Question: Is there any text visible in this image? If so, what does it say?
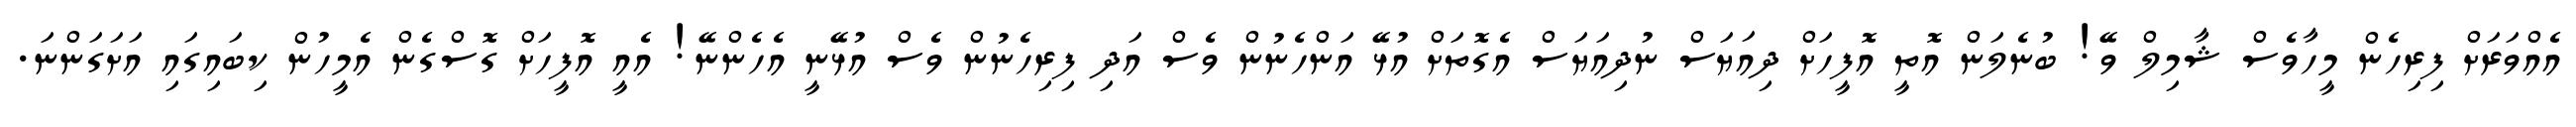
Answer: އެއްވަރަށް ފިރިހެން މީހާވެސް ޝާމިލް ވޭ! ބުނެލަން އޮތީ އޮފީހަށް ދިއަޔަސް ނުދިއަޔަސް އެގޮތަށް އުޅޭ އަންހެނުން ވެސް އަދި ފިރިހެނުން ވެސް އުޅޭނީ އެހެންނޭ! އެއީ އޮފީހަށް ގޮސްގެން އެމީހުން ކިބައިގައި އަށަގަންނަ.